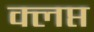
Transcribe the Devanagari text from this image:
क्लप्त